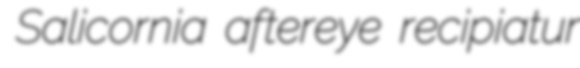
Salicornia aftereye recipiatur